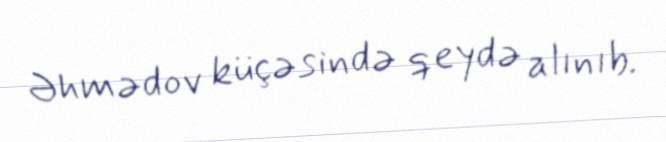
Əhmədov küçəsində qeydə alınıb.